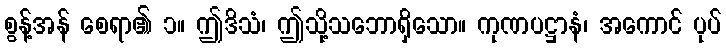
စွန့်အန် စေရာ၏ ၁။ ဤဒိသံ၊ ဤသို့သဘောရှိသော။ ကုဏပဋ္ဌာနံ၊ အကောင် ပုပ်